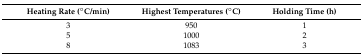
| Heating Rate (°C/min) | Highest Temperatures (°C) | Holding Time (h) |
 | --- | --- | --- |
 | 3 | 950 | 1 |
 | 5 | 1000 | 2 |
 | 8 | 1083 | 3 |